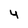
Character: 4